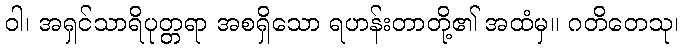
ဝါ၊ အရှင်သာရိပုတ္တရာ အစရှိသော ရဟန်းတာတို့၏ အထံမှ။ ဂတိတေသု၊